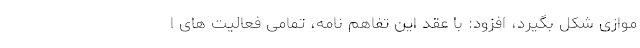
موازی شکل بگیرد، افزود: با عقد این تفاهم نامه، تمامی فعالیت های ا